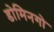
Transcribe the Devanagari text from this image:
डोमिनगो